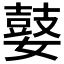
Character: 𰌘